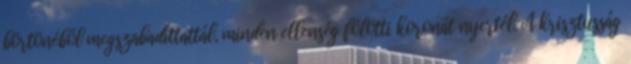
börtönéből megszabadíttattál, minden ellenség fölötti koronát nyertél. A krisztusság